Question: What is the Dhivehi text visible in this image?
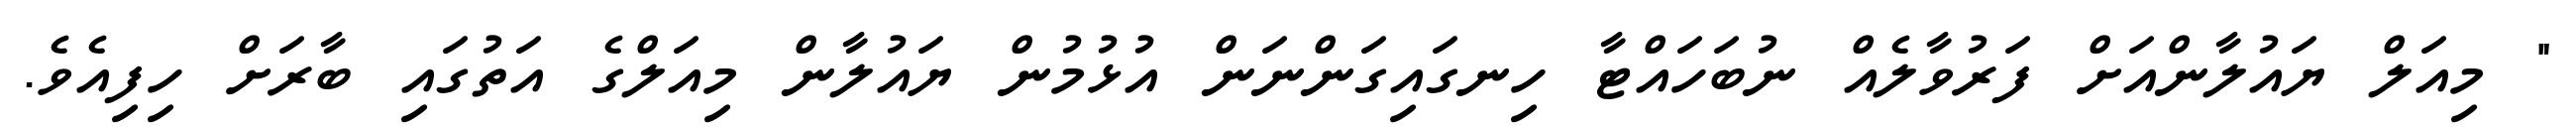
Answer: " މިއަލް ޔައުލާންއަށް ފަރުވާލެއް ނުބަހައްޓާ ހިނގައިގަންނަން އުޅުމުން ޔައުލާން މިއަލްގެ އަތުގައި ބާރަށް ހިފިއެވެ.